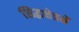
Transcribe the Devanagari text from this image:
सिद्धक्षेत्रमें